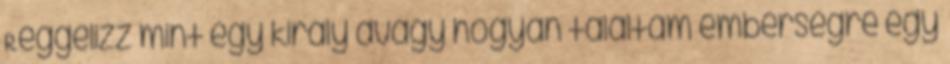
Reggelizz mint egy király avagy hogyan találtam emberségre egy